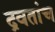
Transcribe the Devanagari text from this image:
द्रवतांच